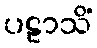
ပဠာသိံ